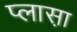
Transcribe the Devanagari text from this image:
प्लास़ा